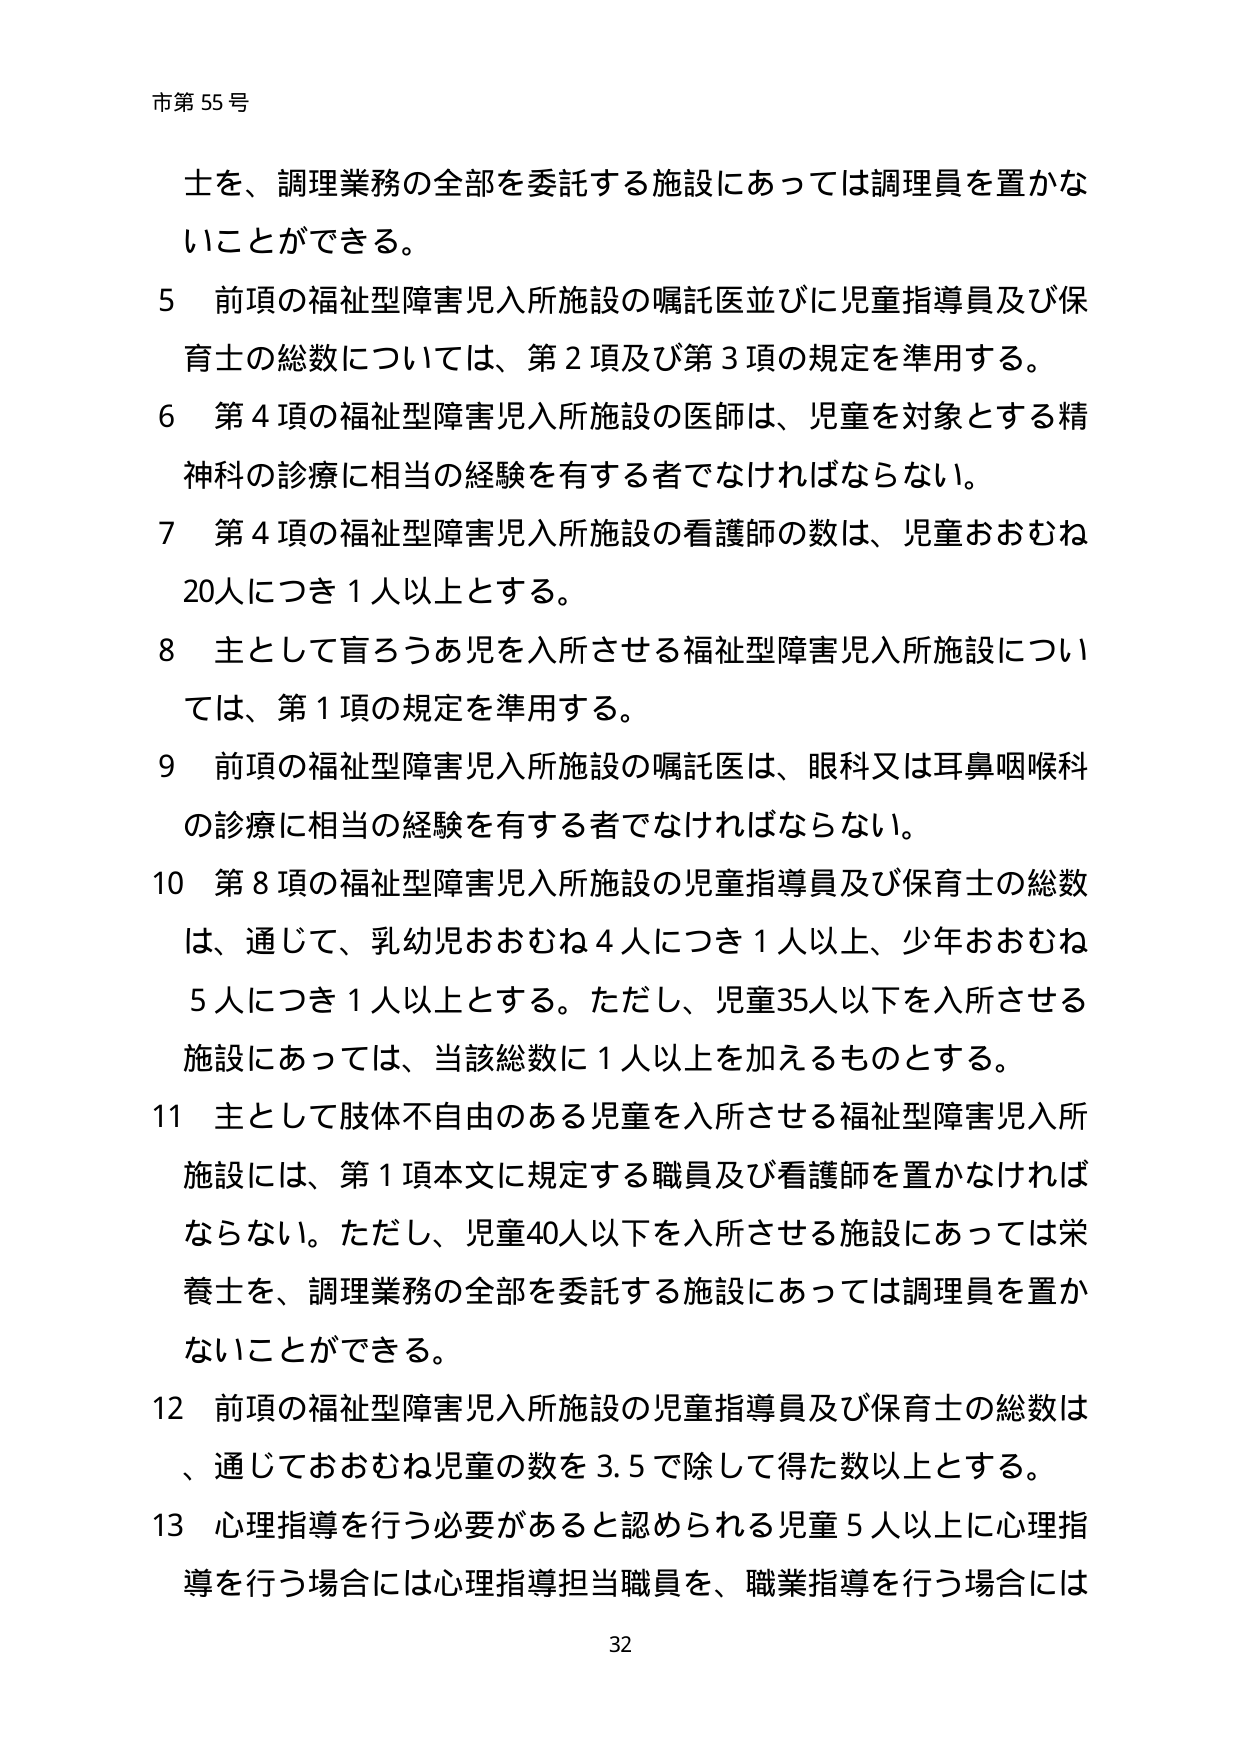
市第55号

士を、調理業務の全部を委託する施設にあっては調理員を置かないことができる。

5 前項の福祉型障害児入所施設の嘱託医並びに児童指導員及び保育士の総数については、第2項及び第3項の規定を準用する。

6 第4項の福祉型障害児入所施設の医師は、児童を対象とする精神科の診療に相当の経験を有する者でなければならない。

7 第4項の福祉型障害児入所施設の看護師の数は、児童おおむね20人につき1人以上とする。

8 主として盲ろうあ児を入所させる福祉型障害児入所施設については、第1項の規定を準用する。

9 前項の福祉型障害児入所施設の嘱託医は、眼科又は耳鼻咽喉科の診療に相当の経験を有する者でなければならない。

10 第8項の福祉型障害児入所施設の児童指導員及び保育士の総数は、通じて、乳幼児おおむね4人につき1人以上、少年おおむね5人につき1人以上とする。ただし、児童35人以下を入所させる施設にあっては、当該総数に1人以上を加えるものとする。

11 主として肢体不自由のある児童を入所させる福祉型障害児入所施設には、第1項本文に規定する職員及び看護師を置かなければならない。ただし、児童40人以下を入所させる施設にあっては栄養士を、調理業務の全部を委託する施設にあっては調理員を置かないことができる。

12 前項の福祉型障害児入所施設の児童指導員及び保育士の総数は、通じておおむね児童の数を3.5で除して得た数以上とする。

13 心理指導を行う必要があると認められる児童5人以上に心理指導を行う場合には心理指導担当職員を、職業指導を行う場合には

32